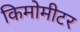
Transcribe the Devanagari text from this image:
किमोमीटर